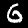
Label: 6